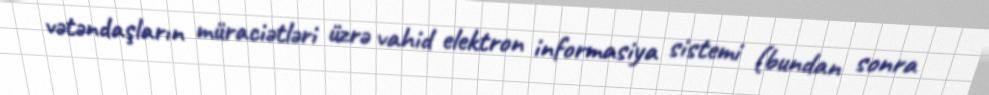
vətəndaşların müraciətləri üzrə vahid elektron informasiya sistemi (bundan sonra